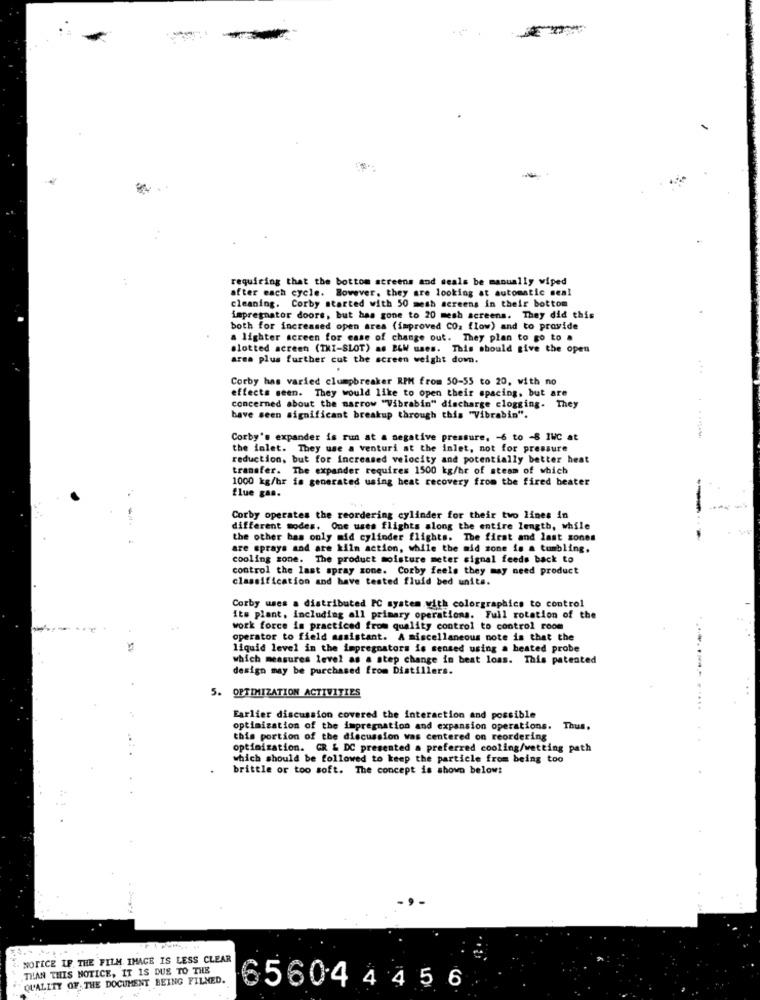
. .
requiring that the bottom screens and meals be manually wiped
after each cycle. However, they are looking at automatic seal
cleaning. Corby started with 50 mesh screens in their bottom
impregnator doors, but has gone to 20 mesh screens. They did this
both for increased open area (improved CO. flow) and to provide
a lighter screen for case of change out. They plan to go to a
slotted screen (TKI-SLOT) as BLW uses. This should give the open
area plus further cut the screen weight down.
Corby has varied clumpbreaker RPM from 50-55 to 20, with no
effects seen. They would like to open their spacing, but are
concerned about the narrow "Vibrabin" discharge clogging. They
bave seen significant breakup through this "Vibrabin".
Corby's expander is run at a negative pressure, - 6 to -8 IWC at
the inlet. They use a venturi at the inlet, not for pressure
reduction, but for increased velocity and potentially better heat
transfer. The expander requires 1500 kg/hr of steam of which
1000 kg/hr is generated using heat recovery from the fired beater
flue gas.
---
Corby operates the reordering cylinder for their two lines in
different modes. One uses flights along the entire length, while
the other bas only mid cylinder flights. The first and last zones
are sprays and are kilm action, while the mid zone is a tumbling.
cooling zone. The product moisture meter signal feeds back to
control the last spray zone. Corby feels they may need product
classification and have tested fluid bed units.
Corby uses a distributed PC system with colorgraphics to control
Its plant, including all primary operations. Full rotation of the
work force is practiced from quality control to control room
operator to field assistant. A miscellaneous note is that the
liquid level in the impregnators is sensed using a heated probe
which measures level as a step change in beat loas. This patented
design may be purchased from Distillers.
5. OPTIMIZATION ACTIVITIES
Earlier discussion covered the interaction and possible
optimization of the impregnation and expansion operations. Thus.
this portion of the discussion was centered on reordering
optimization. GR & DC presented a preferred cooling/wetting path
which should be followed to keep the particle from being too
brittle or too soft. The concept is shown below:
NOTICE IF. THE FILM, IMAGE IS LESS CLEAR
THAN THIS NOTICE, IT IS DUS TO THE
QU'ALITY OF THE DOCUMENT BEING FILMED.
$56044456